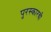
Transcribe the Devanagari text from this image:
पुरस्कारची